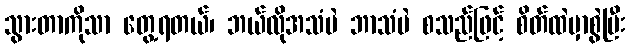
သွားတာကိုသာ တွေ့ရတယ်၊ ဘယ်လိုအသံပဲ ဘာသံပဲ စသည်ဖြင့် စိတ်ထဲမှာစွဲပြီး